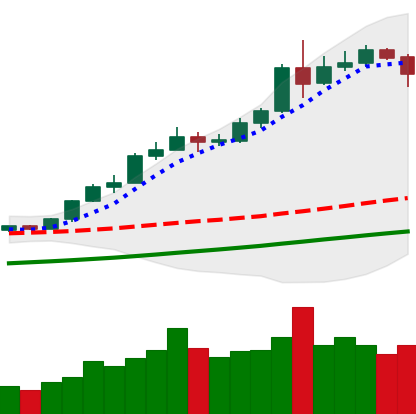
Ticker: ETH-USD
Chart end date: 2020-08-07
Forward return: 3.033%
Label: up_3_5